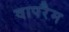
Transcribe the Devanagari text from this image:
वापरैम